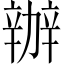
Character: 辦